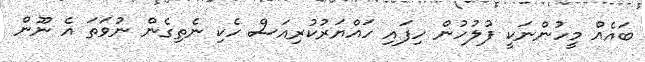
ބައެއް މީހުންނަކީ ފުލުހުން ހިފައި ހައްޔަރުކުރިއަސް ހެކި ނެތިގެން ނުވަތަ އެ ނޫން